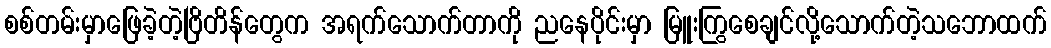
စစ်တမ်းမှာဖြေခဲ့တဲ့ဗြိတိန်တွေက အရက်သောက်တာကို ညနေပိုင်းမှာ မြူးကြွစေချင်လို့သောက်တဲ့သဘောထက်